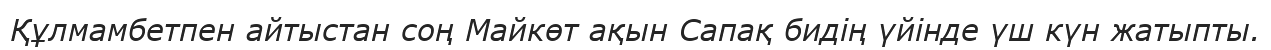
Құлмамбетпен айтыстан соң Майкөт ақын Сапақ бидің үйінде үш күн жатыпты.